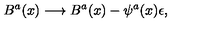
B ^ { a } ( x ) \longrightarrow B ^ { a } ( x ) - \psi ^ { a } ( x ) \epsilon ,